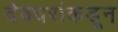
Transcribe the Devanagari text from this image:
देवधरांकडून